Papaver somniferum - Opium : an extract from the sixth volume of the Dictionary of Economic Products of India
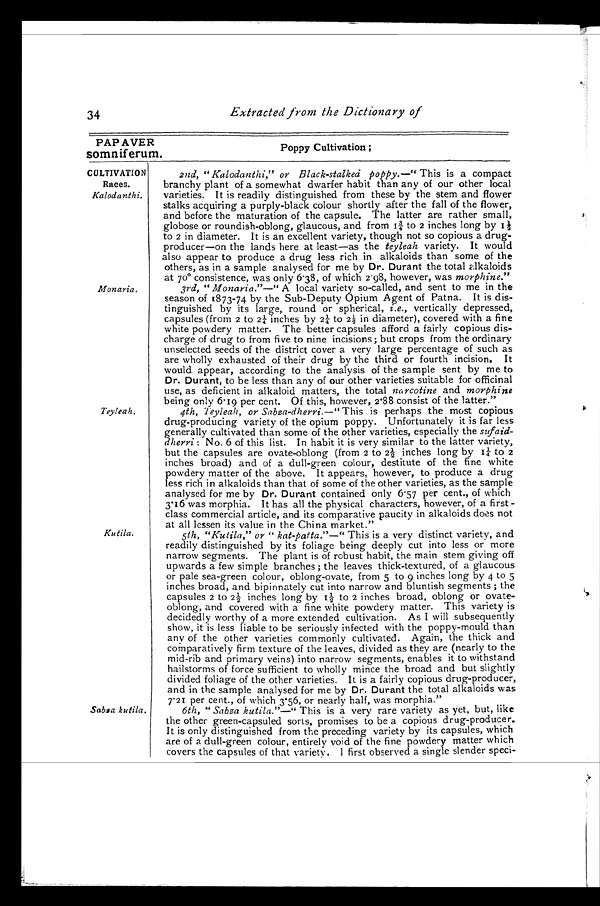
3 4
Extracted from the Dictionary of
PAP AVER
somniferum.
Poppy cultivation
CULTIVATION
Races.
Kalodanthi.
2nd, "Kalodanthi, " or Black-stalked poppy.—" This is a compact
branchy plant of a somewhat dwarfer habit than any of our other local
varieties. It is readily distinguished from these by the stem and flower
stalks acquiring a purply-black colour shortly after the fall of the flower,
and before the maturation of the capsule. The latter are rather small,
globose or roundish-oblong, glaucous, and from 1¾ to 2 inches long by
1 ½
to 2 in diameter. It is an excellent variety, though not so copious a drug- -
producer—on the lands here at least—as the teyleah variety. It would
also appear to produce a drug less rich in alkaloids than some of the
others, as in a sample analysed for me by Dr. Durant the total alkaloids
at 70º consistence, was only 6·38, of which 2·98, however, was morphine."
Monaria. 3rd, " Monaria"—" A local variety so-called, and sent to me in the
s e a s o n o f 1 8 7 3 – 7 4 b y t h e S u b - D e p u t y O p i u m A g e n t o f P a t n a . I t i s d i s -
-
tinguished by its large, round or spherical, i .e., vertically depressed,
capsules (from 2 to 2¼ inches by 2¼ to 2½ in diameter), covered with a fine
white powdery matter. The better capsules afford a fairly copious dis
-
charge of drug to from five to nine incisions; but crops from the ordinary
unselected seeds of the district cover a very large percentage of such as
are wholly exhausted of their drug by the third or fourth incision. It
would appear, according to the analysis of the sample sent by me to
Dr. Durant, to be less than any of our other varieties suitable for officinal
use, as deficient in alkaloid matters, the total narcotine and morphine
being only 6·10 per cent. Of this. however. 2·88 consist of the latter."
Teyleah. 4th, Teyleah, or Sabza-dherri.—"This is perhaps the most copious
drug-producing variety of the opium poppy. Unfortunately it is far less
generally cultivated than some of the other varieties, especially the sufaid
-
dherri: No. 6 of this list. In habit it is very similar to the latter variety,
but the capsules are ovate-oblong (from 2 to 2½ inches long by 1¼ to
2
inches broad) and of a dull-green colour, destitute of the fine white
powdery matter of the above. It appears, however, to produce a drug
less rich in alkaloids than that of some of the other varieties, as the sample
analysed for me by Dr. Durant contained only 6·57 per cent., of which
3·16 was morphia. It has all the physical characters, however, of a first-
lass commercial article, and its comparative paucity in alkaloids does not
at all lessen its value in the China market."
Kutila. 5th, "Kutila," or "kat-patta."—" This is a very distinct variety, and
readily distinguished by its foliage being deeply cut into less or more
narrow segments. The plant is of robust habit, the main stem giving off
upwards a few simple branches ; the leaves thick-textured, of a glaucous
or pale sea-green colour, oblong-ovate, from 5 to 9 inches long by 4 to 5
inches broad, and bipinnately cut into narrow and bluntish segments ; the
capsules 2 to 2½ inches long by 1½ to 2 inches broad, oblong or ovate-
oblong, and covered with a fine white powdery matter. This variety is
decidedly worthy of a more extended cultivation. As I will subsequently
show, it is less liable to be seriously infected with the poppy-mould than
any of the other varieties commonly cultivated. Again, the thick and
comparatively firm texture of the leaves, divided as they are (nearly to the
mid-rib and primary veins) into narrow segments, enables it to withstand
hailstorms of force sufficient to wholly mince the broad and but slightly
divided foliage of the other varieties. It is a fairly copious drug-producer,
and in the sample analysed for me by Dr. Durant the total alkaloids was
7·21 per cent., of which 3·56, or nearly half. was morphia."
Sabøa kutila. 6th, "Sabza kutila."—" This is a very rare variety as yet, but, like
the other green-capsuled sorts, promises to be a copious drug-producer.
It is only distinguished from the preceding variety by its capsules, which
are of a dull-green colour, entirely void of the fine powdery matter which
covers the capsules of that variety. I first observed a single slender speci-